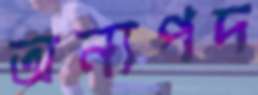
অন্যপদ